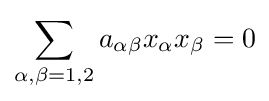
\sum _{\alpha ,\beta =1,2}a_{\alpha \beta }x_{\alpha }x_{\beta }=0